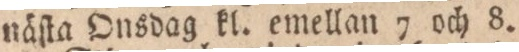
näſta Onsdag kl. emellan 7 och 8.